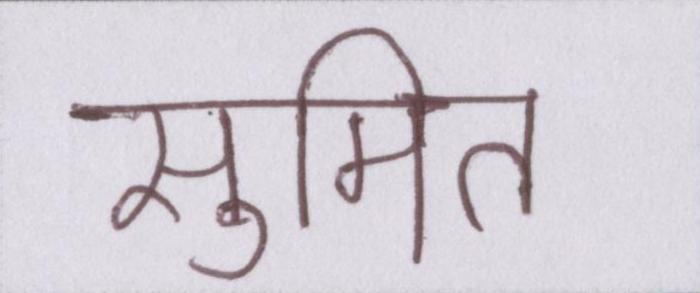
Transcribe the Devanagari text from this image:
सुमित